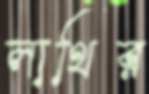
লাথির